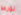
تورط